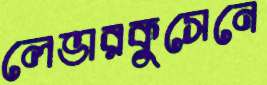
লেভারকুসেনে